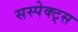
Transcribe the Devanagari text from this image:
सस्पेक्ट्स